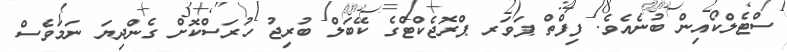
ސްޓެލްކޯއިން ބުނެއެވެ. ފިފްތް ޕަވަރ ޕްރޮޖެކްޓްގެ ކޭބަލް ބުރިޖު ހުރަސްކޮށް ގެންދިޔަ ނަމަވެސް